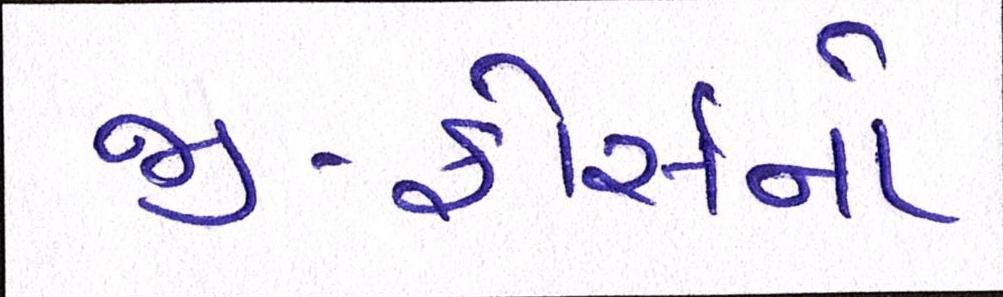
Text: જી-ફોર્સનો